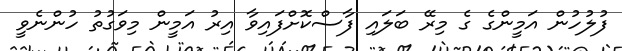
ފުލުހުން އަމީންގެ ގެ މިރޭ ބަލައި ފާސްކޮށްފައިވާ އިރު އަމީން މިވަގުތު ހުންނެވީ